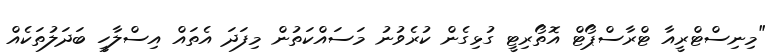
"މިނިސްޓްރީއާ ޓްރާސްޕޯޓް އޮތޯރިޓީ ގުޅިގެން ކުރެވުނު މަސައްކަތުން މިފަދަ އެތައް އިސްލާހީ ބަދަލުތަކެއް